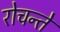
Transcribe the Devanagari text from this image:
रोचन्ते